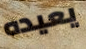
يعيده